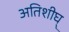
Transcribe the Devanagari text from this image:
अतिशीघ्